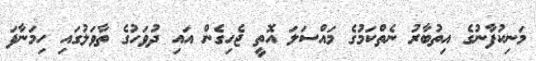
މަނިކުފާނުގެ އިތުބާރު ނެތްކަމުގެ މައްސަލަ އޮތީ ޖެހިގެން އައި ދުވަހުގެ ތާވަލުގައި ހިމަނާފަ